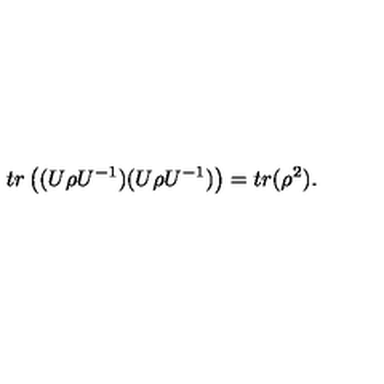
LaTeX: t r \left( ( U \rho U ^ { - 1 } ) ( U \rho U ^ { - 1 } ) \right) = t r ( \rho ^ { 2 } ) .